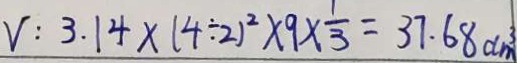
V : 3 . 1 4 \times ( 4 \div 2 ) ^ { 2 } \times 9 \times \frac { 1 } { 3 } = 3 7 . 6 8 d m ^ { 3 }